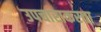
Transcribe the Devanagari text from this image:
उपचाराकरता